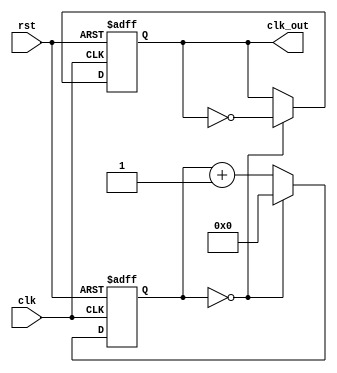
module time_divider #(		//
parameter N=2,
	WIDTH=8)
(
	input clk,
	input rst,
	output reg clk_out);		//NWIDTH
reg [WIDTH-1:0] cnt;
always @(posedge clk or posedge rst)
begin
	if(rst) begin
		cnt<=0;
		clk_out<=0;
	end
	else if(cnt==(N>>1)-1)	    //N/2-1
	begin
		clk_out<=~clk_out;
		cnt<=0;
	end
	else cnt<=cnt+1;
end
endmodule